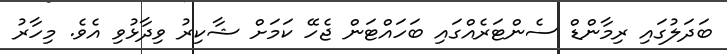
ބަދަލުގައި ރިމާންޑް ސެންޓަރެއްގައި ބަހައްޓަން ޖެހޭ ކަމަށް ޝާކިރު ވިދާޅުވި އެވެ. މިހާރު